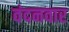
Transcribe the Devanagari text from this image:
वंदनवार